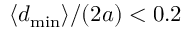
\langle d _ { \mathrm { m i n } } \rangle / ( 2 a ) < 0 . 2